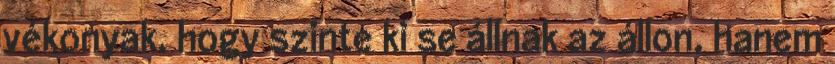
vékonyak, hogy szinte ki se állnak az állon, hanem